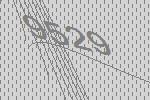
9529